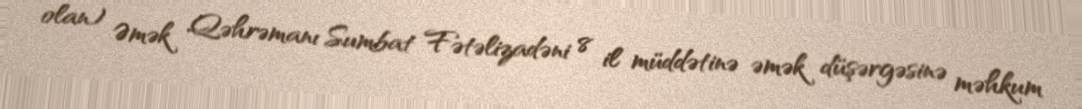
olan) Əmək Qəhrəmanı Sumbat Fətəlizadəni 8 il müddətinə əmək düşərgəsinə məhkum